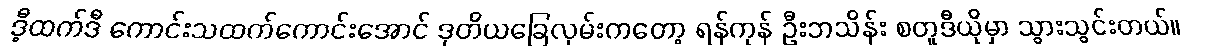
ဒီ့ထက်ဒီ ကောင်းသထက်ကောင်းအောင် ဒုတိယခြေလှမ်းကတော့ ရန်ကုန် ဦးဘသိန်း စတူဒီယိုမှာ သွားသွင်းတယ်။